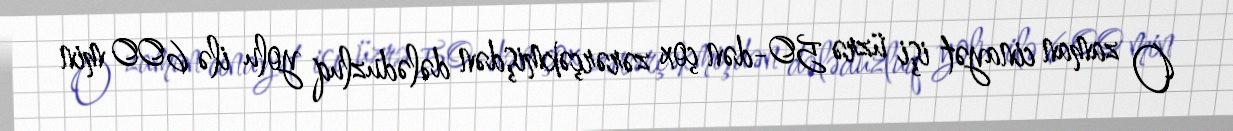
O zaman cinayət işi üzrə 50-dən çox zərərçəkmişdən dələduzluq yolu ilə 600 min